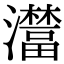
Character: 𤃺